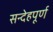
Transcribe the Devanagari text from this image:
सन्देहपूर्ण